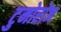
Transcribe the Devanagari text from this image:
टुमोरोज